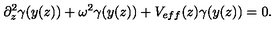
\partial _ { z } ^ { 2 } \gamma ( y ( z ) ) + \omega ^ { 2 } \gamma ( y ( z ) ) + V _ { e f f } ( z ) \gamma ( y ( z ) ) = 0 .